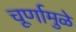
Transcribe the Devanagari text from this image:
चूर्णामुळे